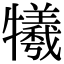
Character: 犧